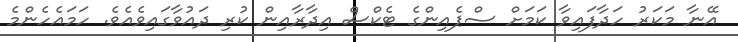
އޭނާ މަކަރު ހަދާފައިވާ ކަމަށް ސްޕެއިންގެ ޓެކްސް އިދާރާއިން ކުރި ދައުވާގައިވެއެވެ. ހަމައެހެންމެ